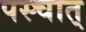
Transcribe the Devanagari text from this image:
पस्चात्